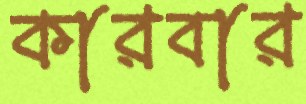
কারবার